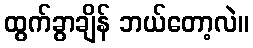
ထွက်ခွာချိန် ဘယ်တော့လဲ။